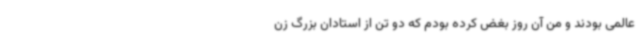
عالمی بودند و من آن روز بغض کرده بودم که دو تن از استادان بزرگ زن